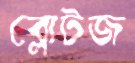
ব্লোটজ